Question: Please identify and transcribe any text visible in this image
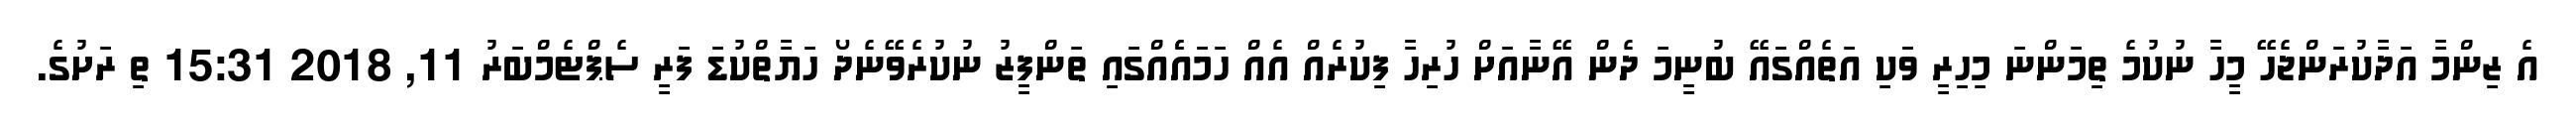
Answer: އެ ޒިންމާ އަދާކުރަންޖެހޭ މީހާ ނުކުމެ ތިމަންނަ މިހިރީ ވަކި އަތެއްގައޭ ބުނީމަ ދެން އޭނާއަށް ހުރިހާ ފިކުރެއް އެއް ހަމައެެއްގައި ތަންފީޒު ނުކުރެވޭނެދޯ ހަޔާތްކުޑަ ފަރީ ސެޕްޓެމްބަރު 11, 2018 15:31 ތި ރަށުގެ.